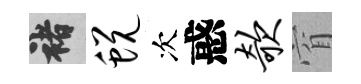
褚蜕次惑欹窅